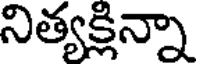
నిత్యక్లిన్నా